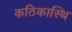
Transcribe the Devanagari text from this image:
कठिकास्थि